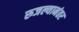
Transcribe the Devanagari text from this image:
रुजल्यानंतर